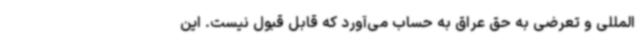
‌المللی و تعرضی به حق عراق به حساب می‌آورد که قابل قبول نیست. این